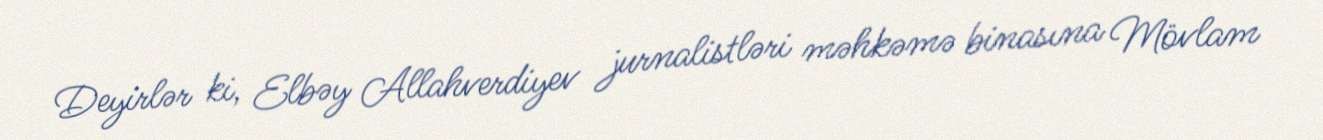
Deyirlər ki, Elbəy Allahverdiyev jurnalistləri məhkəmə binasına Mövlam